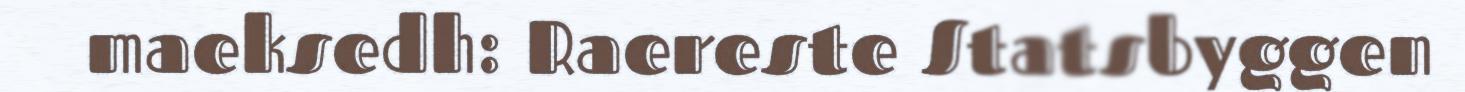
maeksedh: Raereste Statsbyggen